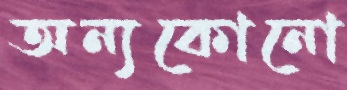
অন্যকোনো